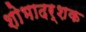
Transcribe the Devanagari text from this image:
शोभादर्शक